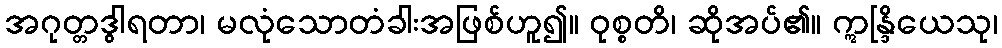
အဂုတ္တဒွါရတာ၊ မလုံသောတံခါးအဖြစ်ဟူ၍။ ဝုစ္စတိ၊ ဆိုအပ်၏။ ဣန္ဒြိယေသု၊